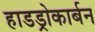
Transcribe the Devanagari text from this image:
हाडड्रोकार्बन